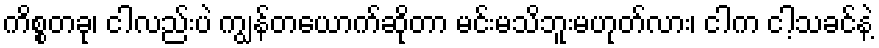
ကိစ္စတခု၊ ငါလည်းပဲ ကျွန်တယောက်ဆိုတာ မင်းမသိဘူးမဟုတ်လား၊ ငါက ငါ့သခင်နဲ့